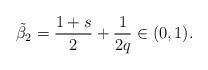
LaTeX: \begin{align*}\tilde{\beta}_2=\frac{1+s}{2}+ \frac{1}{2q}\in (0,1).\end{align*}